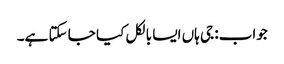
جواب: جی ہاں ایسا بالکل کیا جا سکتا ہے۔